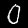
Digit: 0